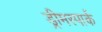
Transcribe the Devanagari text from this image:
ड्रीमस्पार्क